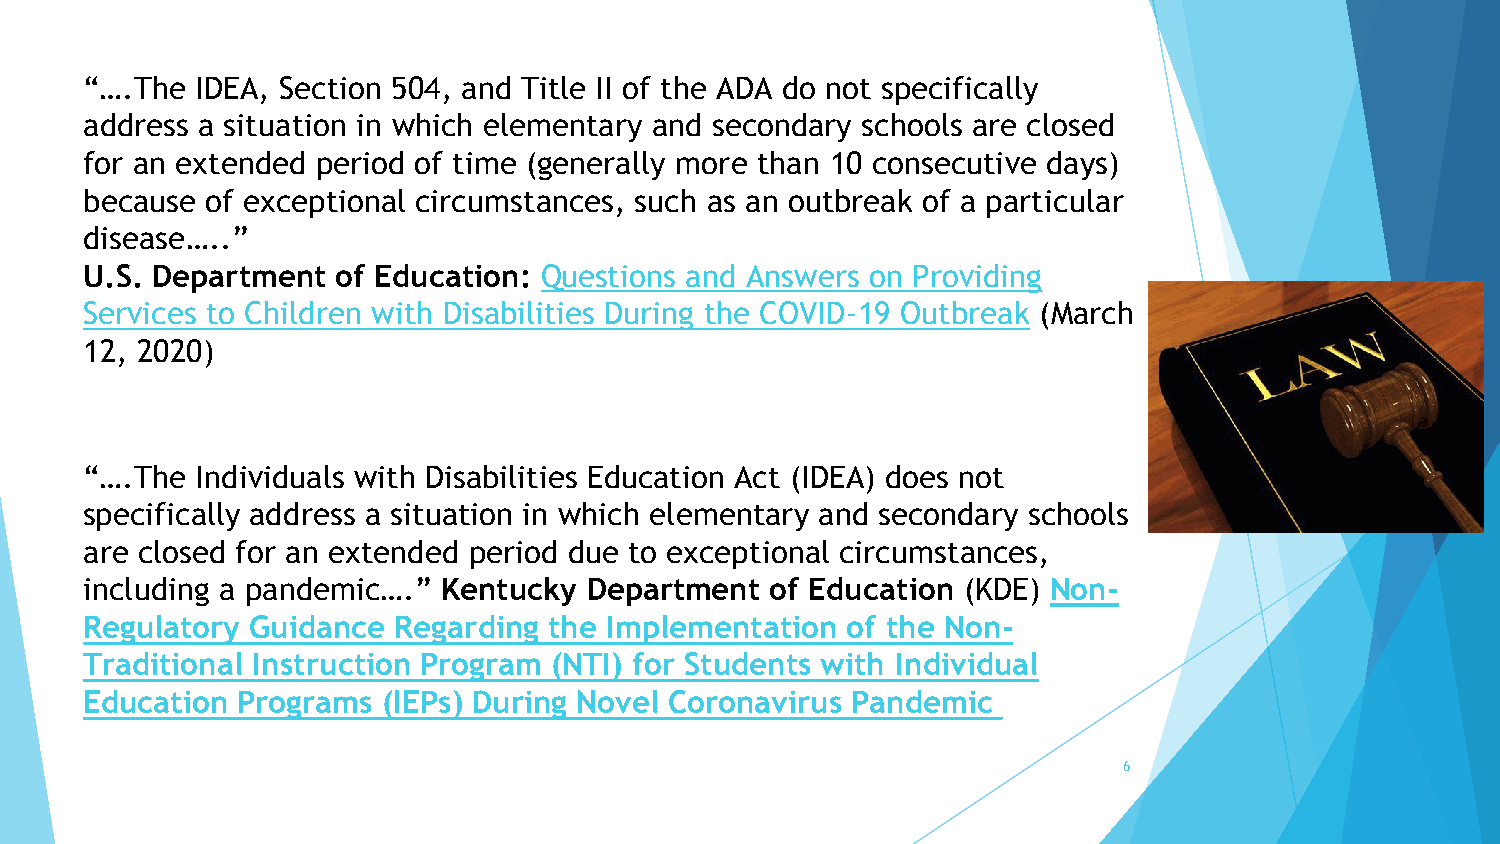
“….The  IDEA, Section 504, and Title II of the ADA do not specifically
 address a situation in which elementary and secondary schools are closed
 for an extended period of time (generally more than 10 consecutive days)
 because  of exceptional circumstances, such as an outbreak of a particular
 disease…..”
 U.S. Department  of Education: Questions and Answers on Providing
 Services to Children with Disabilities During the COVID-19 Outbreak (March
 12, 2020)
 “….The  Individuals with Disabilities Education Act (IDEA) does not
 specifically address a situation in which elementary and secondary schools
 are closed for an extended period due to exceptional circumstances,
 including a pandemic….” Kentucky  Department  of Education (KDE) Non-
 Regulatory  Guidance Regarding the Implementation  of the Non-
 Traditional Instruction Program (NTI) for Students with Individual
 Education  Programs (IEPs) During Novel Coronavirus Pandemic
 6